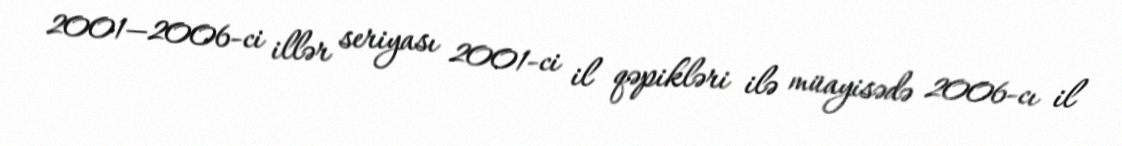
2001—2006-ci illər seriyası 2001-ci il qəpikləri ilə müayisədə 2006-cı il